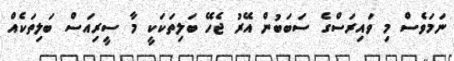
ނަމަވެސް މި ވައިރަސްގެ ސަބަބުން އޭރު ޖެހޭ ބަލިތަކަކީ މާ ސީރިއަސް ބަލިތަކެއް